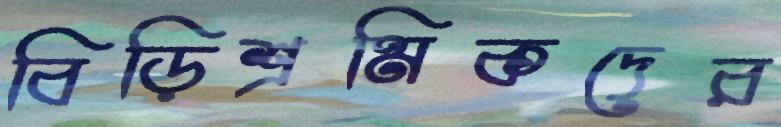
বিড়িশ্রমিকদের